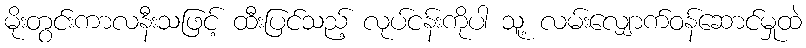
မိုးတွင်းကာလနီးသဖြင့် ထီးပြင်သည့် လုပ်ငန်းကိုပါ သူ့ လမ်းလျှောက်ဝန်ဆောင်မှုထဲ